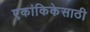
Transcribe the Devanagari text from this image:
एकांकिकेसाठी